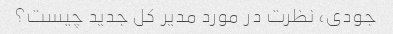
جودی، نظرت در مورد مدیر کل جدید چیست؟